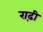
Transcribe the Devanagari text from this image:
राढ़ी